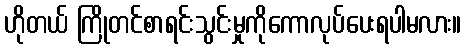
ဟိုတယ် ကြိုတင်စာရင်းသွင်းမှုကိုကောလုပ်ပေးရပါမလား။